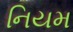
નિયમ